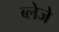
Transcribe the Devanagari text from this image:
ब्लेजे